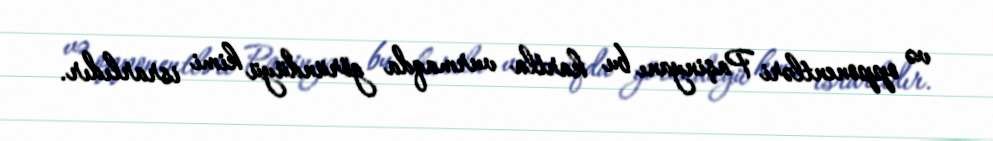
və opponentləri Paşinyanı bu kartla vurmaqda göründüyü kimi israrlıdır.